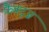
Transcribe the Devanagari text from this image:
फ़ैक्ट्ज़